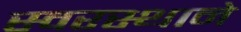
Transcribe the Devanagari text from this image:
स्वरस्थाने